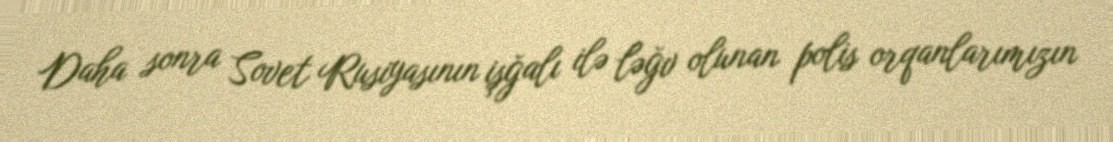
Daha sonra Sovet Rusiyasının işğalı ilə ləğv olunan polis orqanlarımızın